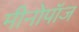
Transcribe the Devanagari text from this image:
मीनोपॉज